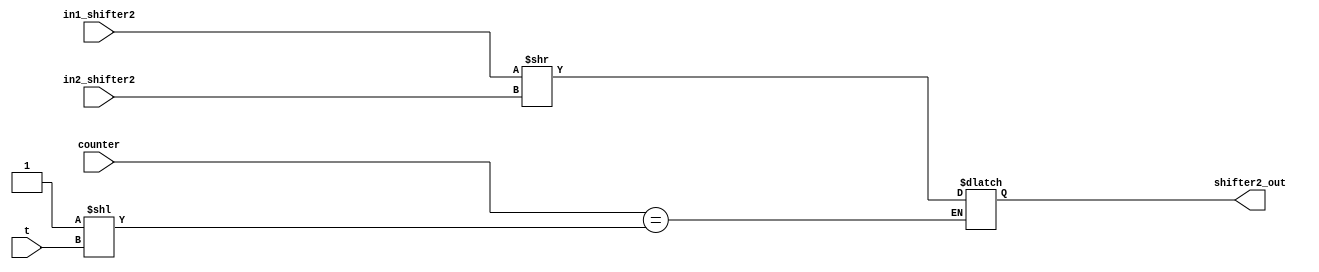
module shifter_2(in1_shifter2,in2_shifter2,shifter2_out,t,counter);
parameter n=8;
input [n-1:0] counter,t;
input [2*n-1:0] in1_shifter2;
input [n-1:0] in2_shifter2;
output reg [2*n-1:0] shifter2_out; 
reg [2*n-1:0]temp_shifter2;

always@*
begin
	if(counter==1<<t)
	begin
		//temp_shifter2=8'b0;
		temp_shifter2 = in1_shifter2>>in2_shifter2;
		shifter2_out=temp_shifter2;
	end
	
end

endmodule